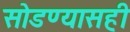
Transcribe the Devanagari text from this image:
सोडण्यासही